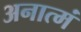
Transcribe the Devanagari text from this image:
अनात्मं